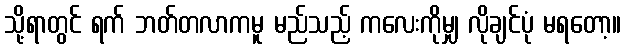
သို့ရာတွင် ရက် ဘတ်တလာကမူ မည်သည့် ကလေးကိုမျှ လိုချင်ပုံ မရတော့။